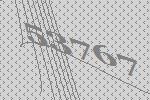
53767